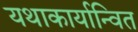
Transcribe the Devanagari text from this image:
यथाकार्यान्वित